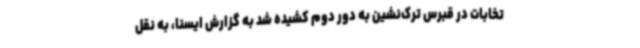
تخابات در قبرس ترک‌نشین به دور دوم کشیده شد به گزارش ایسنا، به نقل